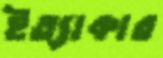
ইত্যাকার